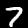
Label: 7